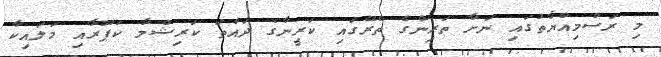
މި ރަސްމިއްޔާތުގައި ނަށާ ތަރިންގެ ތެރޭގައި ކަރީނާގެ ދައްތަ ކަރިޝްމާ ކަޕޫރާއި މަލައިކާ